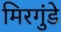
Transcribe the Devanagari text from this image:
मिरगुंडे